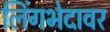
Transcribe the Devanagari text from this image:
लिंगभेदावर